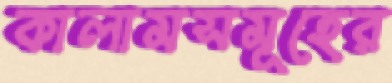
কালামসমূহের